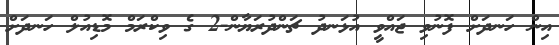
އިން ހަނދަށް ފޮނުވި ޖައްވީ އުޅަނދު ޗަންދުރަޔާން-2 ގެ ވިކްރަމް މޮޑިއުލް ހަނދަށް